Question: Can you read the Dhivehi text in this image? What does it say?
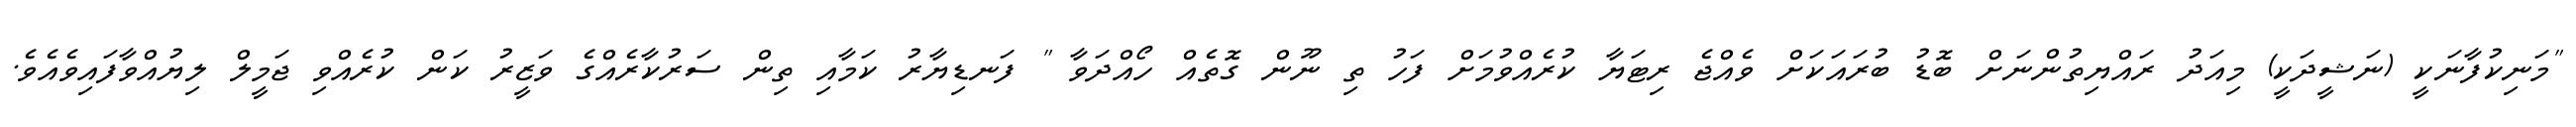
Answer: "މަނިކުފާނަކީ (ނަޝީދަކީ) މިއަދު ރައްޔިތުންނަށް ބޮޑު ބުރައަކަށް ވެއްޖެ ރިޓަޔާ ކުރެއްވުމަށް ފަހު ތި ނޫން ގޮތެއް ހޯއްދަވާ " ފަނޑިޔާރު ކަމާއި ތިން ސަރުކާރެއްގެ ވަޒީރު ކަން ކުރެއްވި ޖަމީލް ލިޔުއްވާފައިވެއެވެ.